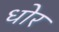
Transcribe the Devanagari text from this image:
धोर